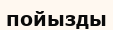
пойызды